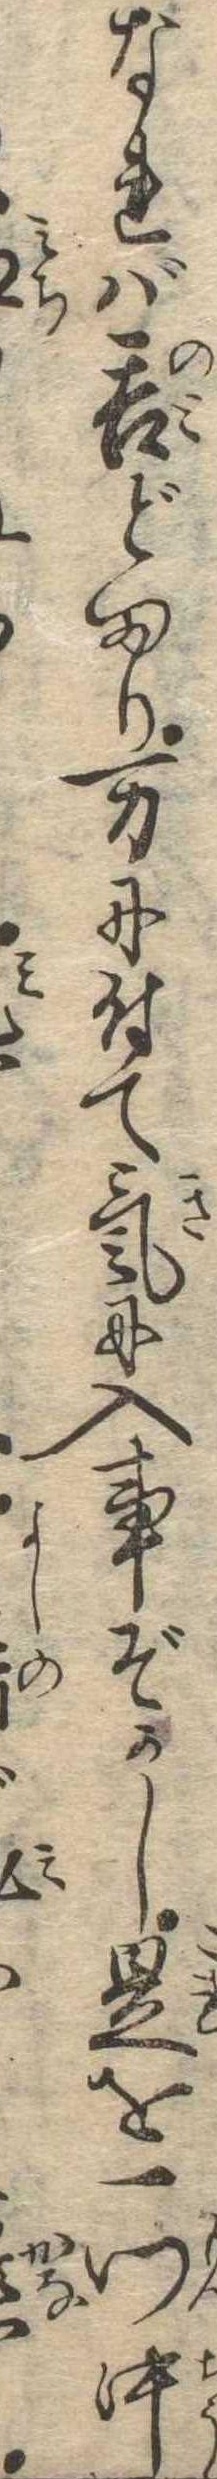
なれば呑どまり万に付て気に入事ぞかし是を一門中